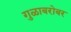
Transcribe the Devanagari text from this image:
गुळाबरोबर